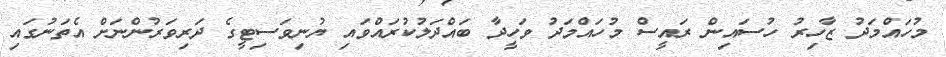
މުހައްމަދު ޒާހިރު ހުސައިން ރައީސް މުހައްމަދު ވަހީދާ ބައްދަލުކުރައްވައި ޔުނިވަސިޓީގެ ދަރިވަރުންނަށް އެތަނުގައި